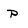
Character: P